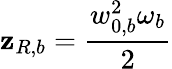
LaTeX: \mathbf{z}_{R,b}=\frac{{w_{0,b}^{2}\omega_{b}}}{{2}}